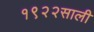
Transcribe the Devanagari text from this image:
१९२२साली